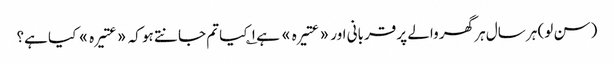
(سن لو) ہر سال ہر گھر والے پر قربانی اور «عتیرہ» ہے ۱؎ کیا تم جانتے ہو کہ «عتیرہ» کیا ہے؟